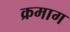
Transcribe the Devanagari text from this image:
क्रमाग